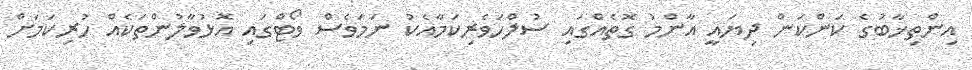
އިންތިޚާބުގެ ކަންކަން ދިޔައީ އާންމު ގޮތެއްގައި ސުލްހަވެރިކަމާއެކު ނަމަވެސް ވޯޓްގައި އޮޅުވާލުންތަކެއް ހުރިކަމަށް